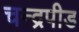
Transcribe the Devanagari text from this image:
चन्द्रपीड